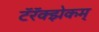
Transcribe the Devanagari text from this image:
टॅरॅक्झेकम्‌